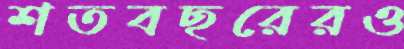
শতবছরেরও